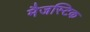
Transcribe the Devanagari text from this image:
मैजस्टिक